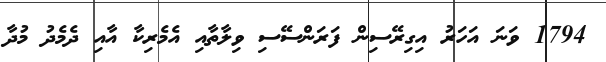
1794 ވަނަ އަހަރު އިގިރޭސިން ފަރަންސޭސި ވިލާތާއި އެމެރިކާ އާއި ދެމެދު މުދާ